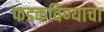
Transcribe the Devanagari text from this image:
फडकविण्याचा